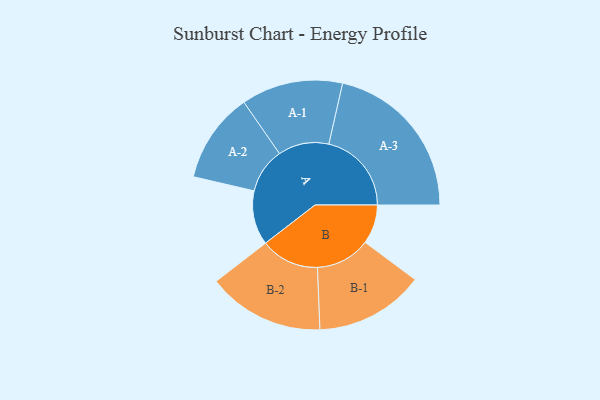
{"axis": {"x": "Segment", "y": "Value"}, "legend": ["", "A", "B"], "data": [{"x": "A", "y": 155, "type": ""}, {"x": "B", "y": 112, "type": ""}, {"x": "A-1", "y": 145, "type": "A"}, {"x": "A-2", "y": 129, "type": "A"}, {"x": "A-3", "y": 236, "type": "A"}, {"x": "B-1", "y": 156, "type": "B"}, {"x": "B-2", "y": 167, "type": "B"}]}